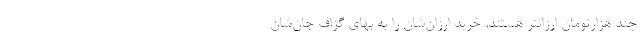
چند هزارتومان ارزانتر هستند، خرید ارزان‌شان را به بهای گزاف جان‌شان